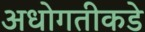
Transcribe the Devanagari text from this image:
अधोगतीकडे